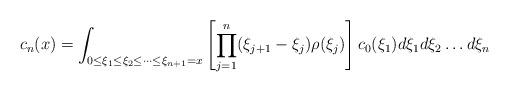
LaTeX: \begin{align*} c_n(x)=\int_{0\leq \xi_1\leq \xi_2\leq \dots \leq \xi_{n+1}=x}\left [\prod_{j=1}^n(\xi_{j+1}-\xi_j)\rho(\xi_j)\right] c_0(\xi_1)d\xi_1d\xi_2\dots d\xi_n\end{align*}